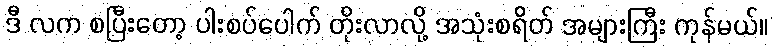
ဒီ လက စပြီးတော့ ပါးစပ်ပေါက် တိုးလာလို့ အသုံးစရိတ် အများကြီး ကုန်မယ်။